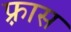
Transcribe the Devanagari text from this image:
फ़्रास